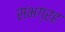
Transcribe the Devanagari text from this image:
सभग्रह